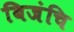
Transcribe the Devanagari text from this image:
बिजंचि